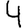
Digit: 4